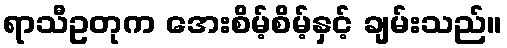
ရာသီဥတုက အေးစိမ့်စိမ့်နှင့် ချမ်းသည်။